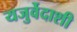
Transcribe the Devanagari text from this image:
यजुर्वेदाशी